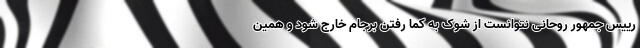
رییس جمهور روحانی نتوانست از شوک به کُما رفتن برجام خارج شود و همین